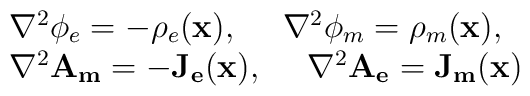
\begin{array}{l}\nabla^2\phi_e=-\rho_e (\mathbf{x}),~~~~\nabla^2\phi_m=\rho_m(\mathbf{x}),\\ \nabla^2\mathbf{A_m}=-\mathbf{J_e}(\mathbf{x}),~~~~\nabla^2\mathbf{A_e}=\mathbf{J_m}(\mathbf{x})\end{array}